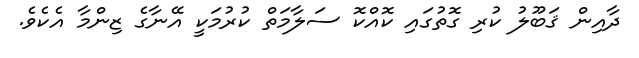
ދާއިން ޤަބޫލު ކުރި ގޮތުގައި ކޮއްކޮ ސަލާމަތް ކުރުމަކީ އޭނާގެ ޒިންމާ އެކެވެ.